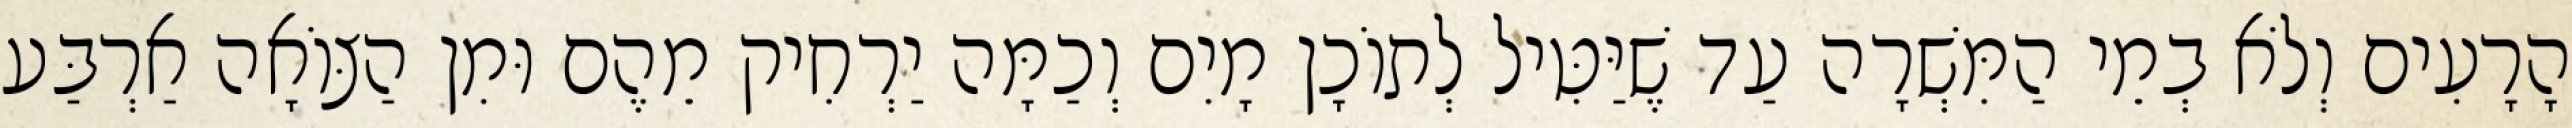
הָרָעִים וְלֹא בְמֵי הַמִּשְׁרָה עַד שֶׁיַּטִּיל לְתוֹכָן מָיִם וְכַמָּה יַרְחִיק מֵהֶם וּמִן הַצּוֹאָה אַרְבַּע